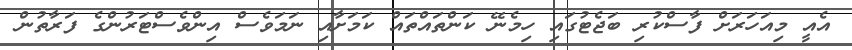
އެއީ މިއަހަރަށް ފާސްކުރި ބަޖެޓުގައި ހިމެނޭ ކަންތައްތައް ކަމަށާއި ނަމަވެސް އިންވެސްޓަރުންގެ ފަރާތުން